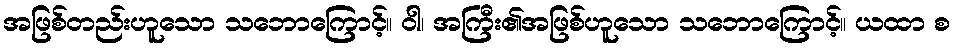
အဖြစ်တည်းဟူသော သဘောကြောင့်။ ဝါ၊ အကြီး၏အဖြစ်ဟူသော သဘောကြောင့်။ ယထာ စ